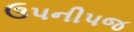
ઉપનીપજ